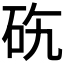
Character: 𥑅